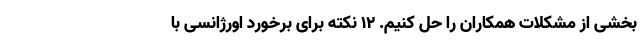
‌بخشی از مشکلات همکاران را حل کنیم. ١٢ نکته برای برخورد اورژانسی با